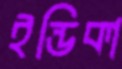
ইন্ডিকা